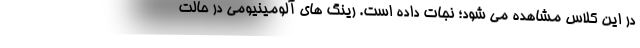
در این کلاس مشاهده می شود؛ نجات داده است. رینگ های آلومینیومی در حالت